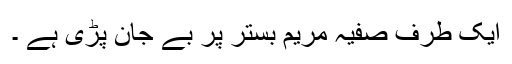
ایک طرف صفیہ مریم بستر پر بے جان پڑی ہے ۔